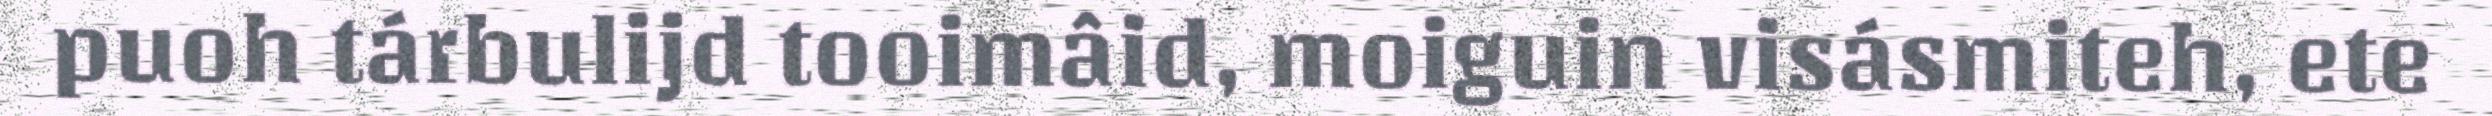
puoh tárbulijd tooimâid, moiguin visásmiteh, ete